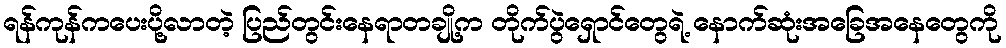
ရန်ကုန်ကပေးပို့လာတဲ့ ပြည်တွင်းနေရာတချို့က တိုက်ပွဲရှောင်တွေရဲ့ နောက်ဆုံးအခြေအနေတွေကို